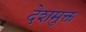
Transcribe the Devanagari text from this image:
देशमुक्त